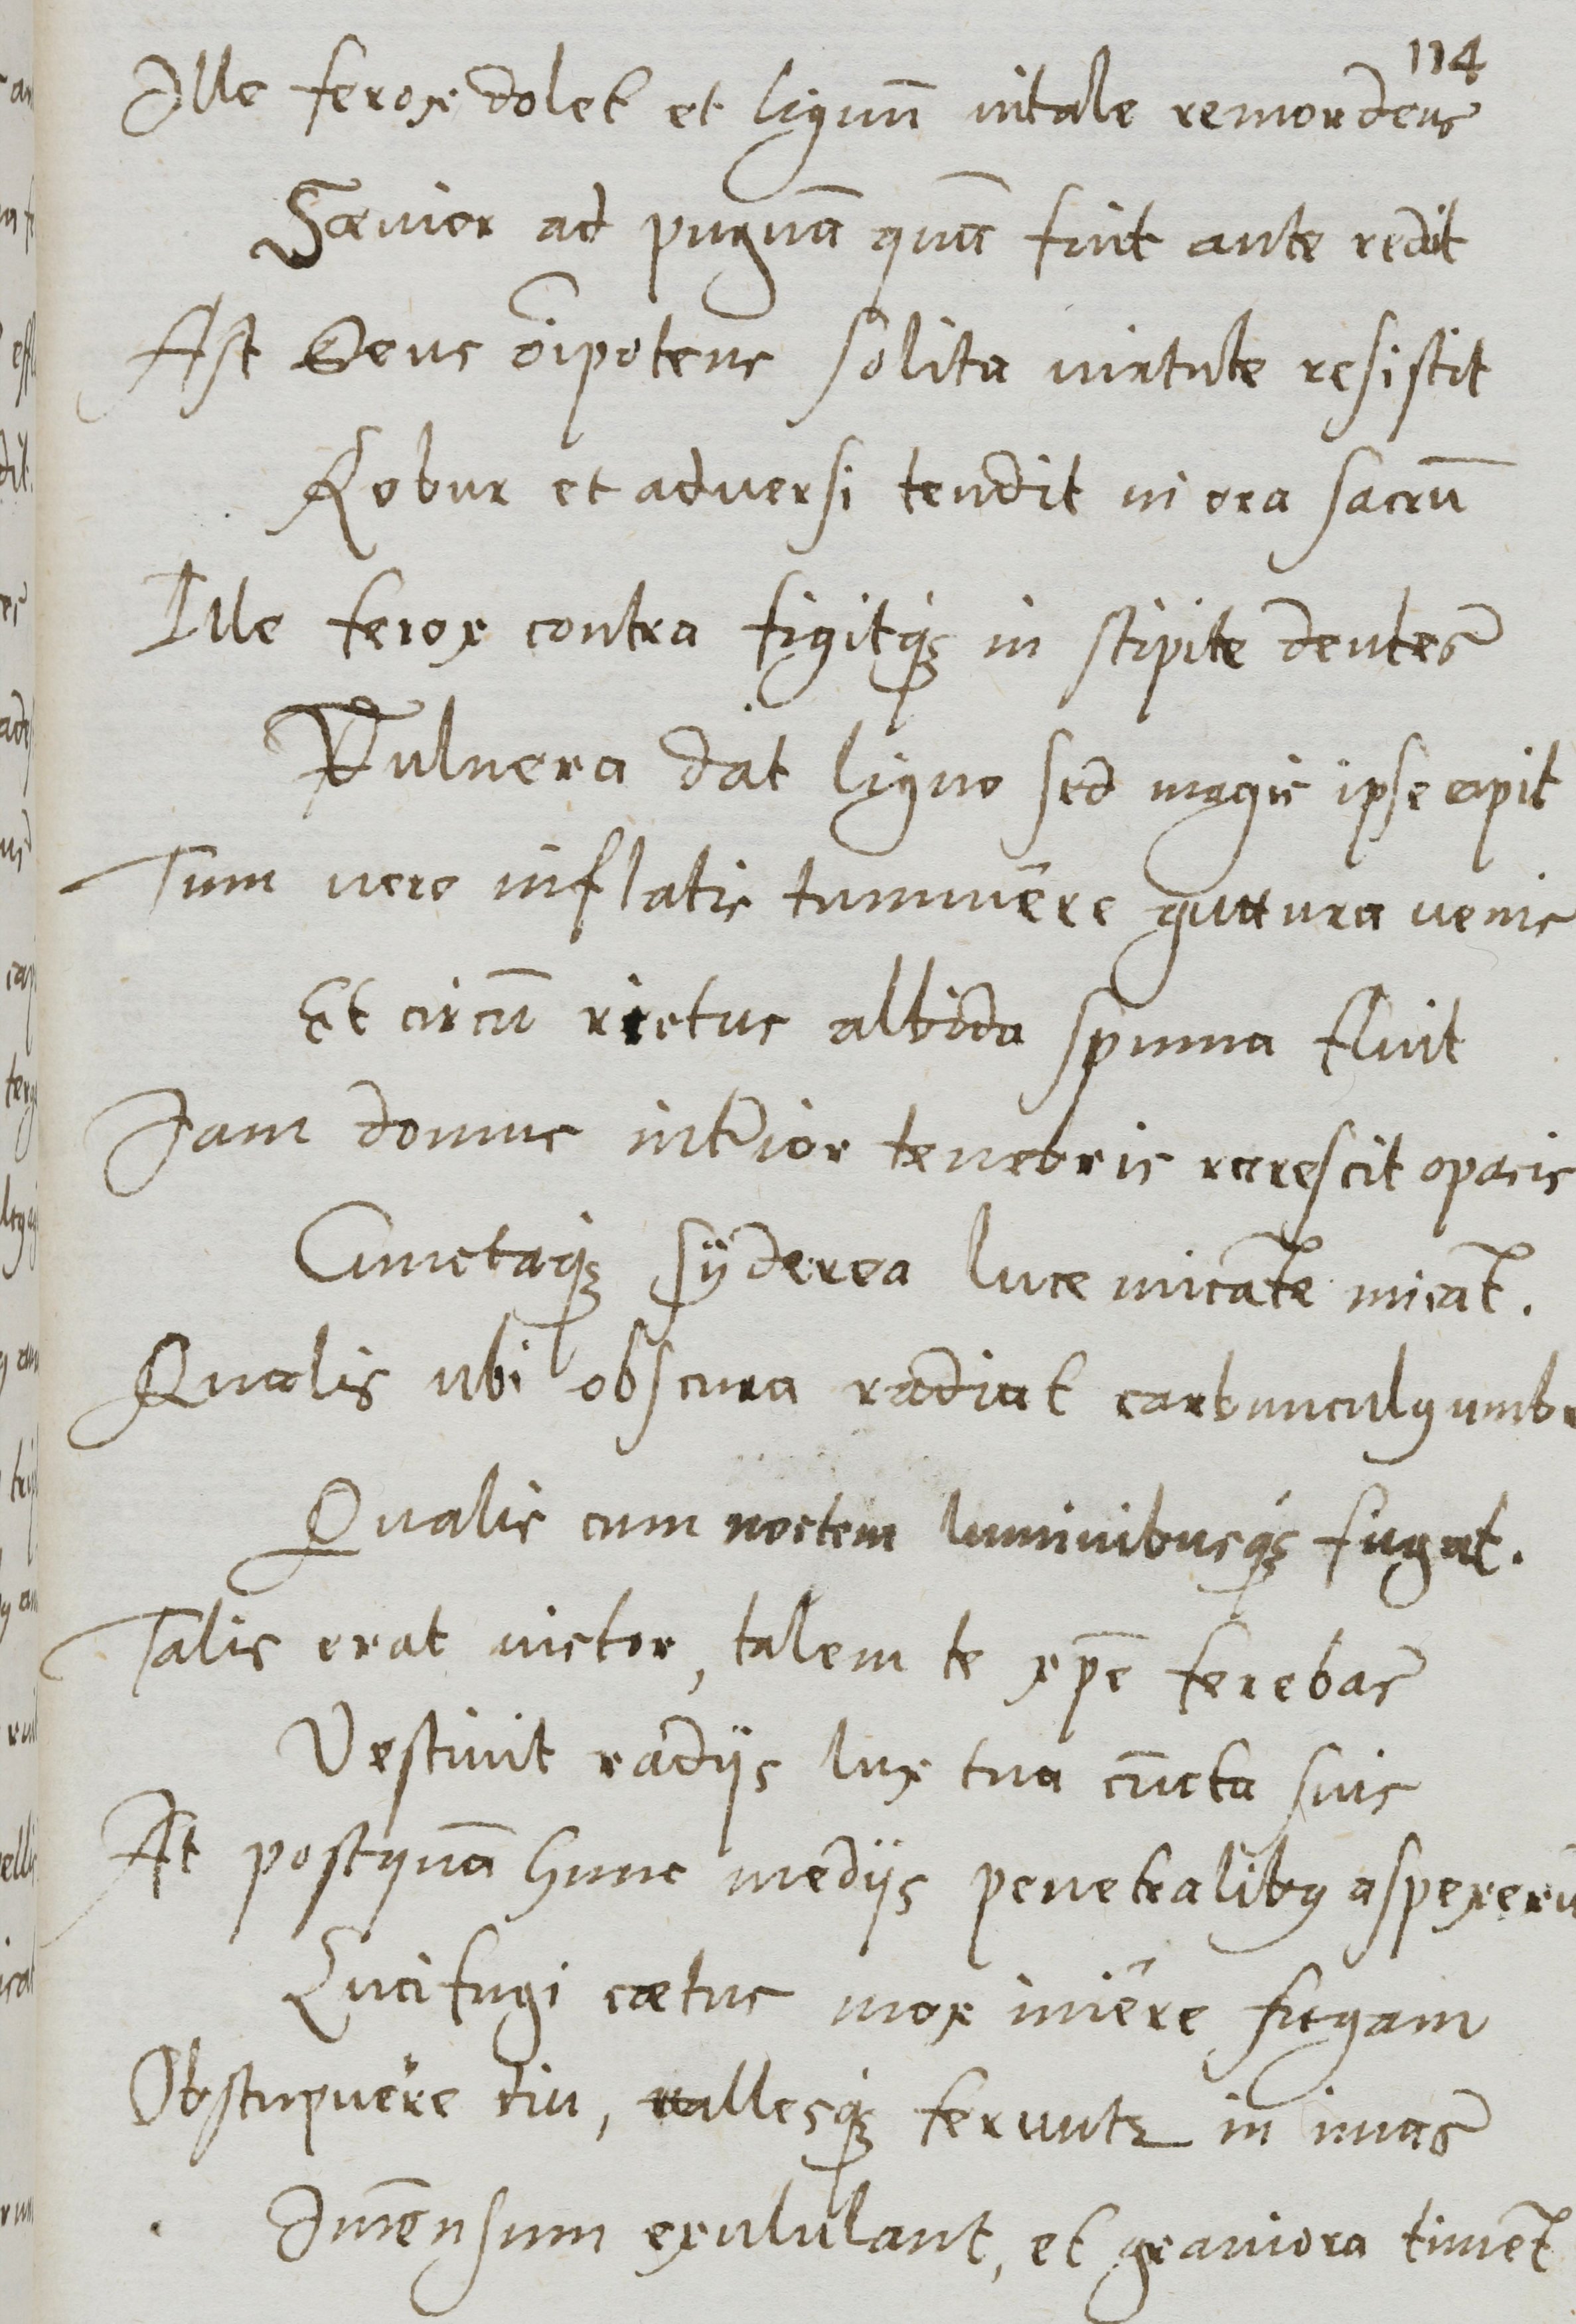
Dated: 1577–1577